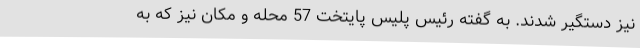
نیز دستگیر شدند. به گفته رئیس پلیس پایتخت 57 محله و مکان نیز که به